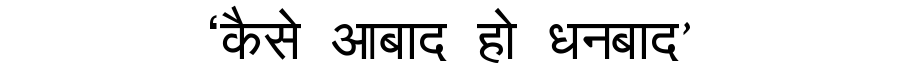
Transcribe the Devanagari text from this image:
‘कैसे आबाद हो धनबाद’